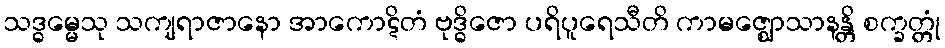
သဒ္ဓမ္မေသု သကျရာဇာနော အာကောဋိတံ ဗုဒ္ဓိဇော ပရိပူရေသီတိ ကာမဇ္ဈောသာနန္တိ စက္ခတ္တုံ